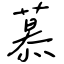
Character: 慕